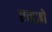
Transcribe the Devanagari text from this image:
एनज़ो